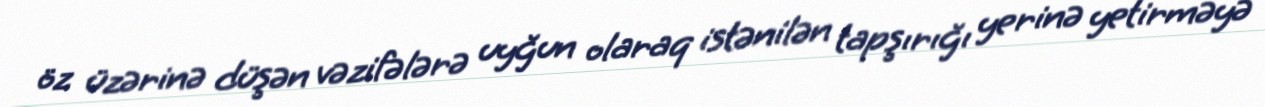
öz üzərinə düşən vəzifələrə uyğun olaraq istənilən tapşırığı yerinə yetirməyə